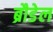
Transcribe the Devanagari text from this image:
ब्रौडेल